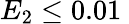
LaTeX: E_{2}\leq 0.01\